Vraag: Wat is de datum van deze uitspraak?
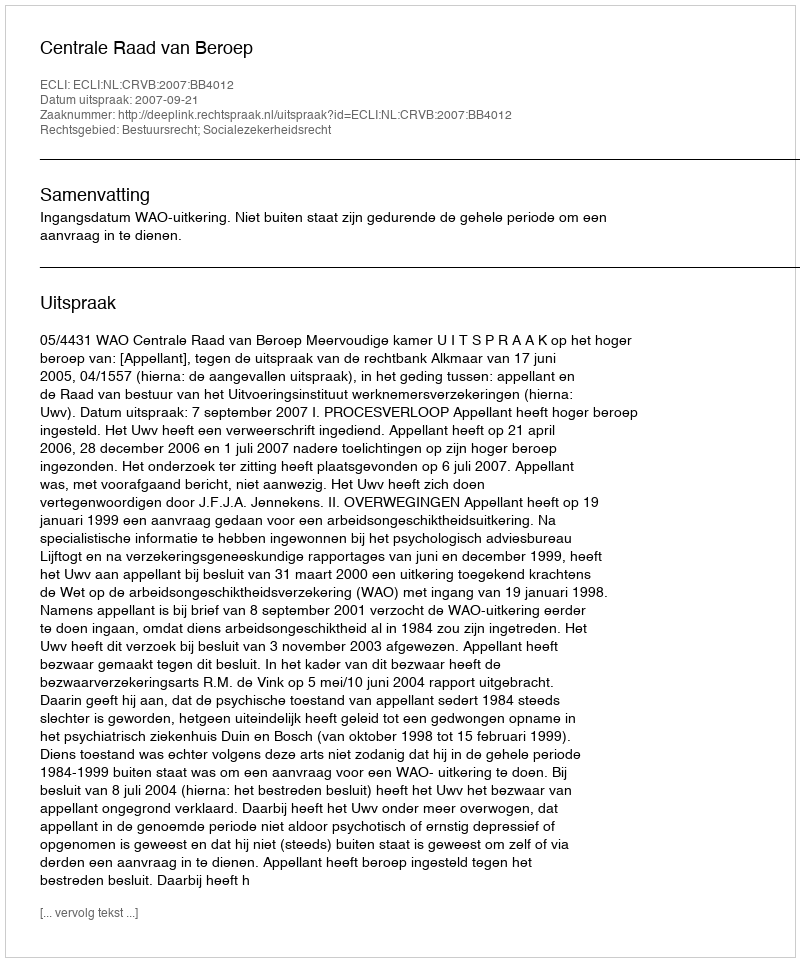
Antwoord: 2007-09-21